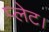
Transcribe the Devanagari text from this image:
प्लेट।